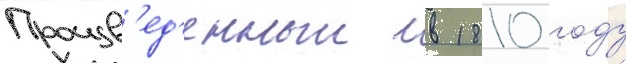
Произв'ед'енныи в 1810 году